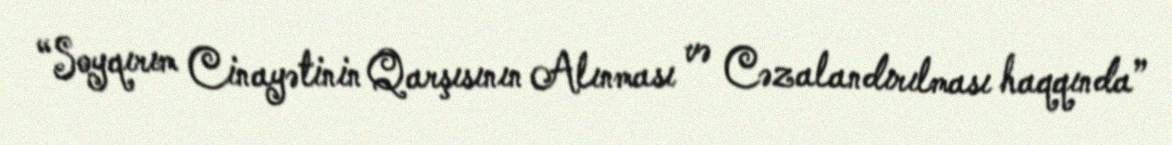
“Soyqırım Cinayətinin Qarşısının Alınması və Cəzalandırılması haqqında”